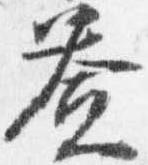
益